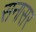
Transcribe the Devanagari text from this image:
सनासर